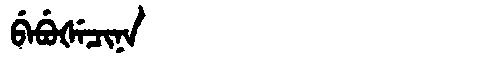
Manchu: ᠪᡝᠪᡠᡧᡝᠴᡳᠨᠠ
Romanization: BEBUŠECINA